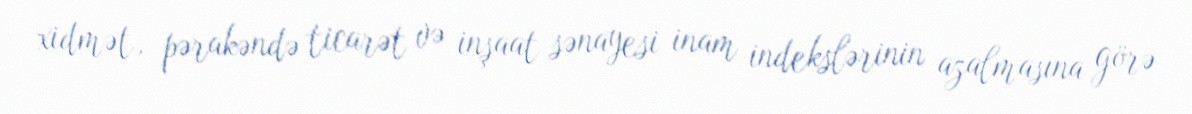
xidmət, pərakəndə ticarət və inşaat sənayesi inam indekslərinin azalmasına görə